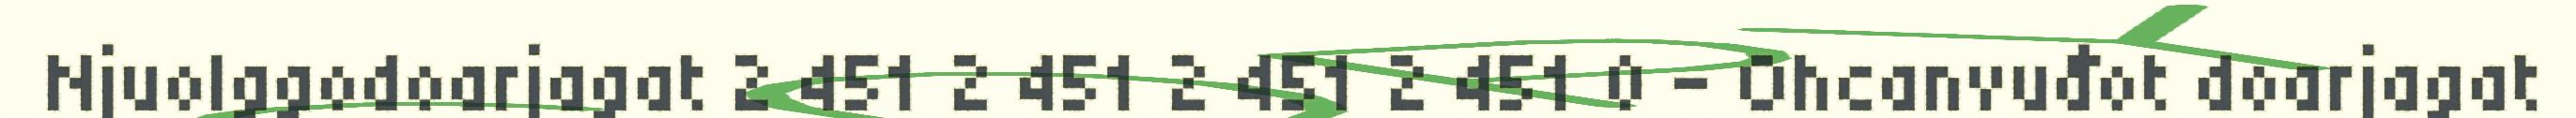
Njuolggodoarjagat 2 451 2 451 2 451 2 451 0 - Ohcanvuđot doarjagat